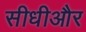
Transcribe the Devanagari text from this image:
सीधीऔर